Annual report of the Punjab Veterinary College and of the Civil Veterinary Department, Punjab - 1926-1932
Year: 1926
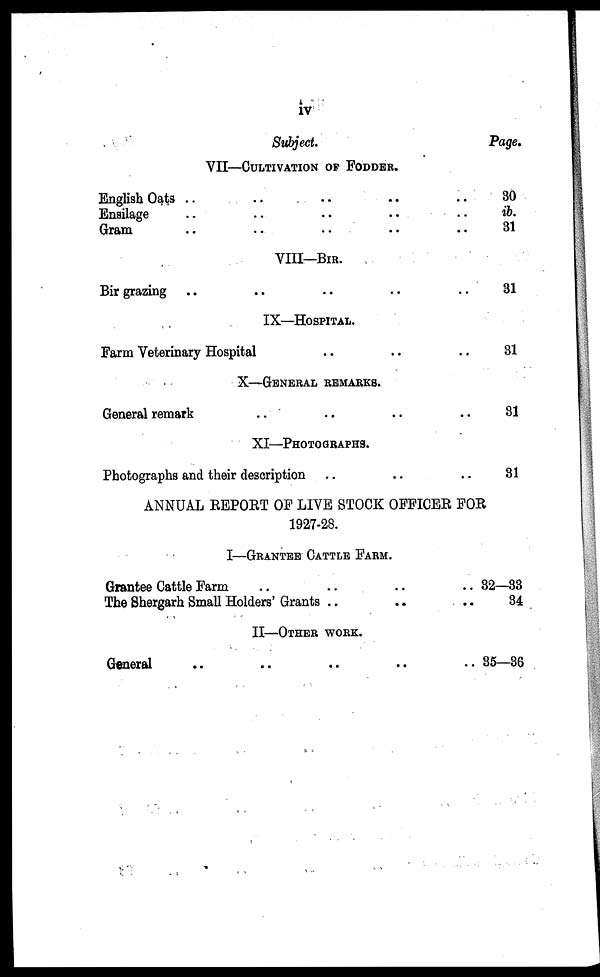
iv
Subject.
VII—CULTIVATION OF FODDER.
English Oats .. .. .. .. ..
Ensilage
..
..
..
Gram
..
..
..
VIII—BIR.
Bir grazing .. .. .. ..
IX—HOSPITAL.
Farm Veterinary Hospital .. .. ..
X—GENERAL REMARKS.
General remark .. .. .. ..
XI—PHOTOGRAPHS.
Photographs and their description .. .. ..
Page.
30
ib.
31
31
31
31
31
ANNUAL REPORT OF LIVE STOCK OFFICER FOR
1927-28.
I—GRANTEE CATTLE FARM.
Grantee Cattle Farm
.. .. .. ..
The Shergarh Small Holders' Grants .. .. ..
II—OTHER WORK.
General .. .. .. .. ..
32—33
34
35—36